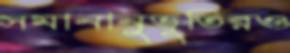
সমানানুভূতিরও